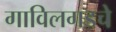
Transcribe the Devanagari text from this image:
गाविलगडचे